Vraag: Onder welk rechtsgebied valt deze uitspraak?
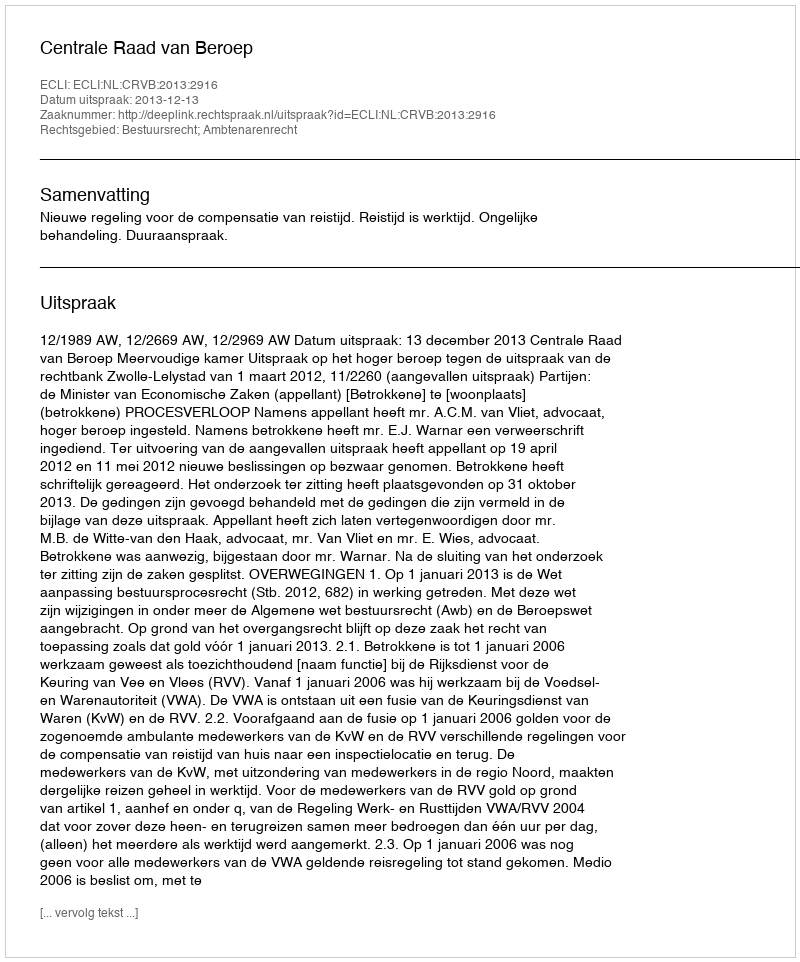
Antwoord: Bestuursrecht; Ambtenarenrecht